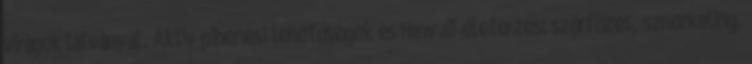
virágok látványát. Aktív pihenési lehetőségek és Hawaii-életérzés: szörfözés, sznorkeling,